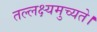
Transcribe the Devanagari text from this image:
तल्लक्ष्यमुच्यते।